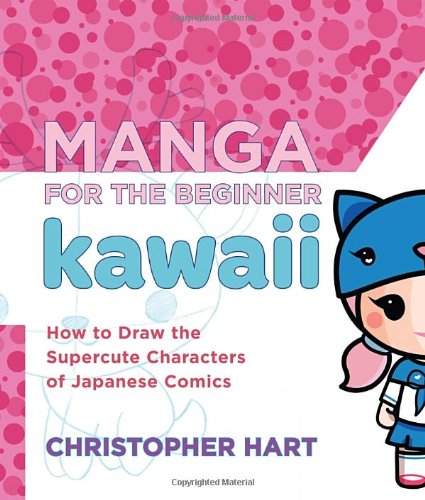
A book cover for Manga for the Beginner Kawaii: How to Draw the Supercute Characters of Japanese Comics; Christopher Hart; Comics & Graphic Novels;